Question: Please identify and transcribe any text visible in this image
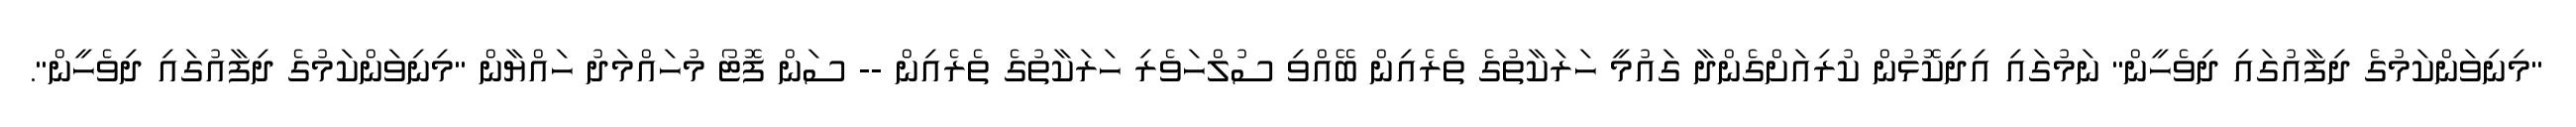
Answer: "މިނިވަންކަމުގެ ދިފާއުގައި ދިވެހީން" ނަމުގައި އިދިކޮޅުން ކުރިއަށްގެންދާ ގައުމީ ހަރަކާތުގެ ތެރެއިން ބޭއްވި ސުލްހަވެރި ހަރަކާތުގެ ތެރެއިން -- ސަން ފޮޓޯ މުހައްމަދު ހައްޔާން "މިނިވަންކަމުގެ ދިފާއުގައި ދިވެހީން".